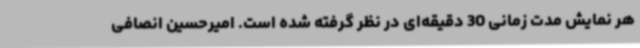
هر نمایش مدت زمانی 30 دقیقه‌ای در نظر گرفته شده است. امیرحسین انصافی